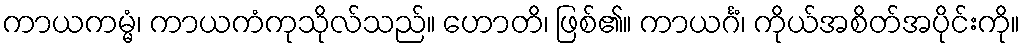
ကာယကမ္မံ၊ ကာယကံကုသိုလ်သည်။ ဟောတိ၊ ဖြစ်၏။ ကာယင်္ဂံ၊ ကိုယ်အစိတ်အပိုင်းကို။